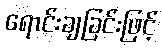
ရောင်းချခြင်းဖြင့်